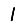
Digit: 1